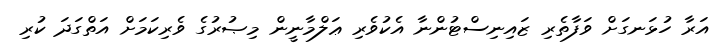
އަރާ ހުޅަނގަށް ވަފާތެރި ޒައިނިސްޓުންނާ އެކުވެރި ޢަލްމާނީން މިޞުރުގެ ވެރިކަމަށް އަތްގަދަ ކުރި